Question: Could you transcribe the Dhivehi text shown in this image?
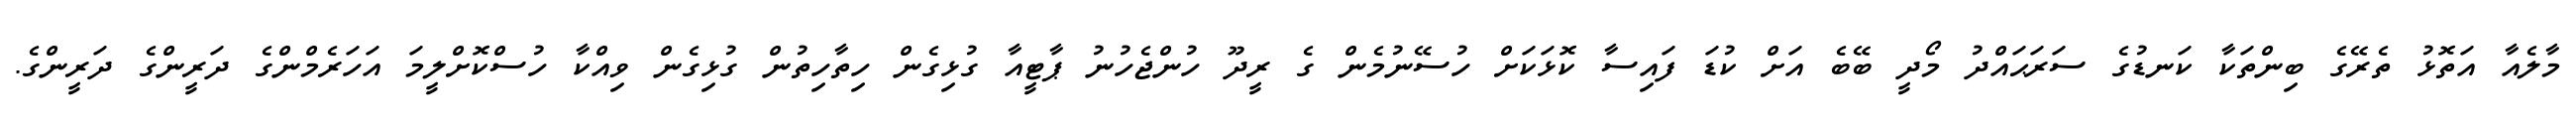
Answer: މާލެއާ އަތޮޅު ތެރޭގެ ބިންތަކާ ކަނޑުގެ ސަރަޙައްދު މޯދީ ބޭބެ އަށް ކުޑަ ފައިސާ ކޮޅަކަށް ހުސޭނުމެން ގެ ރީދޫ ހުންޖެހުނު ޕާޓީއާ ގުޅިގެން ހިތާހިތުން ގުޅިގެން ވިއްކާ ހުސްކޮށްލީމަ އަހަރެމްންގެ ދަރީންގެ ދަރީންގެ.